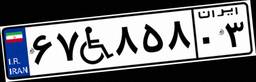
۸۳W۳۶۶۷۷